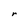
Character: r